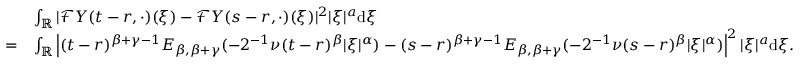
\begin{array} { r l } & { \int _ { \mathbb { R } } | \mathcal { F } Y ( t - r , \cdot ) ( \xi ) - \mathcal { F } Y ( s - r , \cdot ) ( \xi ) | ^ { 2 } | \xi | ^ { a } \ensuremath { \mathrm { d } } \xi } \\ { = } & { \int _ { \mathbb { R } } \left| ( t - r ) ^ { \beta + \gamma - 1 } E _ { \beta , \beta + \gamma } ( - 2 ^ { - 1 } \nu ( t - r ) ^ { \beta } | \xi | ^ { \alpha } ) - ( s - r ) ^ { \beta + \gamma - 1 } E _ { \beta , \beta + \gamma } ( - 2 ^ { - 1 } \nu ( s - r ) ^ { \beta } | \xi | ^ { \alpha } ) \right| ^ { 2 } | \xi | ^ { a } \ensuremath { \mathrm { d } } \xi . } \end{array}